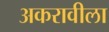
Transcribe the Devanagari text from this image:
अकरावीला